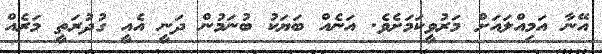
އޭނާ އަމިއްލައަށް މަރުވީކަމަށެވެ. އަނެއް ބަޔަކު ބުނަމުން ދަނީ އެއީ ގުދުރަތީ މަރެއް